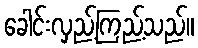
ခေါင်းလှည့်ကြည့်သည်။